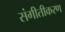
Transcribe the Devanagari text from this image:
संगीतीकरण